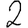
Digit: 2